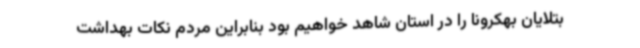
بتلایان بهکرونا را در استان شاهد خواهیم بود بنابراین مردم نکات بهداشت